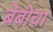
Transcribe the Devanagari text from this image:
बेंबीचा